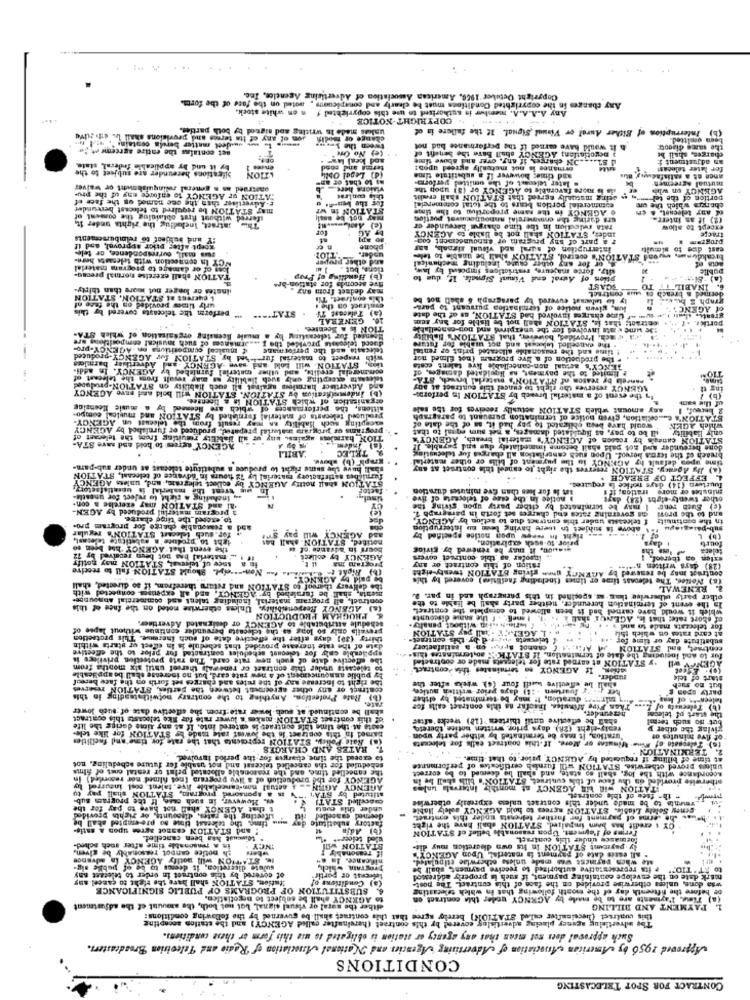
.. .
Copyright Octuber 1966, American Association of Advertising Agencies, Inc.
Any changes in the copyrighted Conditions must be clearly and conspicuous , noted on the fate of the forth.
Any A.A.A.A. member is authorised to use this copyrighted / n on white stock.
. COPYRIGHT NOTICE
uskas made in writing and signed by both parties.
Interruption of Either Aural or Visual Signal. If the failure is of
son of any of Its teres and provisions shall La. ett zuve
change or modif
tween the boomes
omsitted.
(b)
set contalas the entire agreement, 2e
odation; AGENCY shall Bare the benefit of
h it would have earned if the performance bad not
the same diadot
(e) No One
and above tiene
ST .... ON charges, if any, over and ab
an adjustment +
charges, shall be
by it und by applicable federal, state.
bications hereunder are subject to the
terms and cond
ormance is not mutually agreed upon!
for later telecast
ATION
(4) Lepel Obli,
and time; however i! a substitute time
. later telemast of the omitted perform-
anon at a satisfacw
oautreed as a general relinquishount or waiver
ma to that of
visions here
ils is more favorable to AGENCY or (3) upop the
mutual Agreemen
AGENCY on whis
ATION or AGENCY to enforce eny of the pru-
r. Advertiser than the one named on the face of
this con Lead
sting matinfly agreed that STATION shall credit
portion of the tel
may STATION be required to telecast bereunder
STATION In WY
commercial portion bears to the total commercial
. AGENCY in the same proportiun to the time
of any telecast.
charges which the
Thw intract, including the 'rights under 1t.
sferred without first obtaining the consent of
mar not be manlı
sra during the enmmercial announocuivat portion
(2) if an interr.
(e) Ami .....
rata redlection in the time charge hereunder er
except to allow
SY and bulifeof to reimbursements
BT AG
Inder, STATION shall not be liable to AGENCY
r a part of any program of announcement com-
tracce
gorpt after prior approval, and if
russ mall, correspondence, or tele-
phone
interruption of sural and visual siroals, BAF
program .
east des to almull
NCY In connection with telenasta here-
and other prepar
upder.
esute, Including mechanical
or for any other caut
breakdumme, wwond STATION's control, STATION shall be unable to tele-
Jom of or damage to programs material
uity. force majeure, restrictions imposed by law,
publie
TATION chall exercise normal precau-
(b) Handling of Prop
ption of Aural end Vinil Signals. If, due to
(a) SI-
sinstes or longer nut more than thirty-
may deduct from any
five seconds for station-bre
TOAST
6. INABIL
& CHETEGE BE STATION. STATION
this contract. Thi
ly to welwusst cuvered by paragraph $ shall not be
sua contract
graph S bus
dermed a breach
urly tires provided on the face of
perform the telecasts covered by this
contract on the
lun, given notice of termination pursuant to para-
of AGENCY
STAT" ...
Telecast TV
GENERA
(a)
Ume charges involved bad STATION, as of the date
detract; that is, STATION shall not be liable for any atm
TION is & Scentee
:Je wme k ate involved for the wnexpired and non-cancellable
portk
arniances of such musica! enmpositions ure
Hoeneed for telecastingg by a muale licensing organisation of which STA-
however, that STATION'S HablaLy
da wach. Provided, bowen
( musical compositions on AGENCY-pro-
d the F
duced teleonste provi
telecasts and the personmane
the cancelled telecast and not wiable for future
! time and the reasonable allocated print or rental
ihed by STATION fur AGENCY-produced
with respect to material fur
. the production of a. Sve program (not filmed mor
cons.mercial credits, and other materiel furnished by AGENCY. In addi-
Los, STATION. will bold and save AGENCY -and Adverthier barmlos
GENCY's actual non-cancellable live talent costa
P limited to the payment, na liquidated damages, of
levanta excepting only such liability as may result from the telecast of
cancela by reason of STATION's material brysch, STA-
ind Advertiser harmless against all such hability on STATION-produced
(b) Indemnificativa by STATION. STATION will bold and save AGENCY
AGENCY reserves the right to cancel this contract at any
ing th
organization of which STATION is & linenset.
In the event of a material breach by STATION In perforer-
(b) 1
sitlens, the performances of which are licensed by a music Heensine
any amount which STATION actually receives for the sale
of the sam
accepting sech Hability in may result from the telecast on AGENCY-
produced telecasts of material furnished by STATION and musical compo-
STATION's c .. . collation, given notice of termination pursuant to paragraph
. programs or program watorial prepared, produced or furnished by AGENCY
would have been obligated to pay had it, as of the date of
ill be to pay, as liquidated damages, a net sum equal to that
which AOEN
TION harmkes against any of all liability resulting from the telecast of
STATION caneg's by reason of ACENCY's material breach, AGENCY'Y
only liability
AGENCY agrees to hold and save STA-
done bereunder and not paid shall betome Immediately dus and payable. J!
"ABILI
LEC
time upes default hy AGENCY in the payment of bills or other material
breach of the termis bergof. Upon such cancrilation all charges fue telecugting
shall have the sume right to produce a substitute tolotass as under sub-para-
(a) By Agedry. STATION reserves the right to espeel this contract At Any
furnikbes satisfactory material Ly 72 hours in advance of telecast, STATION
EFFECT OF PREACH
wig treat the material in unsatisfactory
STATION shall notify AGENCY by collect telegram, and, unless AGENCY
factor
aat is for lies than five minutes duration
requires.
minutes or more tration;
Tuurtern (14) days notice ia
4 Inchading a right to reject for unostie-
noties in the case of telecusta of five
other twenty-eight (28) days
may ezerelse & con
af and STATIO
a program materiul produced by AGEN-
(e) Such rent I may be terminated by either party upon giving the
to exceed_the tirge charte
I teleressta under this contract due to action by AGENCY
os governing rates end charges set forth in paragraph 1.
and to the provi
in the continuity
a reasonable chette for program pro-
and
t=\ above is subject to quere having been nu interruption
sub-palagiapu
ight to produce's substitute telecast,
for.auch telecast STATION's regular
notified, STATION. shall has
and AGENCY will pay
prior to-auch expiration.
zight In renew upon notice specified by
(b) L
the event that AGENCY EM been so
Bours in advance of u
wwwon, it may be renewed by. giving
fourte
teleta
snee of tele at, STATION may notify
material bes not been received by 7
AGENCY ty collect
Inaofer 'as this contract covers
fau Non -- sefyl, Should STATION. fail to receive
Program ma
ration of this contract or any
contract inay be renewed by AGENCY gnen giving STATION twenty-eight
(8) Notles. The telepass time or times (including facilities) covered by this
the delivery th
mehta, shall be faralehed by" AGENCY, and all expenses connected with
the dell'very thargot to STATION and return therefrom, if so directed, shall
RENEWAL
mehta, shall
contract, all program material, including talent and commercial Aboutice.
contract, all
la the event of termination hereunder. neither party shall be liable to the
other party ullerwise than-sc. specified in this paragraph and in par. D.
AGENCY
(A) AGENCY Responsibility. Unless otherwise noted on the face of this
which it would bave carnel bad it been allowed to edesplete the contract.
PROGRAM PRODUCTION
PROGRAM
schedule attributable to AGENCY or designated Advertiser.
I onel: + f the sanie discounts
of short rate; that is, AGEnur shall
prevails only so long as the telecasta berwunder continue without lapse of
for telecasts made to and y .
thirty (30) days after the effective date of soch Increne. This protection
telecasts w-r.d by-this contract
» . 1 AGENCY -hall pey STATION
substitute day or time for
at card rates on which this
date of the rate increase provided that schedule is in effect or starts within
applicable only for telecast schedules contrasted for prior to the effective
Afin. " cannot aprus on a satisfactory
centrset, end STATION
the effective date of much new rate card. The rate protection privilees is
.y STATION at earned rate for telecasts made or contracted
for to and logiuding the date of termination. 12 STATK': ao terminates this.
to Felecasta under this contrast or renewal thersof until six months from
ation. If AGENCY so terminates this contract
the right to increase any of the rutes and charges set forth on the faew bereof
ly public announcement of a new rate card, but no iseresse shall be applicable
runder.
start of tele
contract or any other agreement between the parties, STATION reserves
shall be effective woedil four (4) weeks after the
her ( j'y fourteen . : 1) days prior written autice,
but no meb
(b) Rate Protection. Anything to the contrary notwithstanding in this
Any malrunes duration, It may be terminated by either
teleen-ts of hus
rate.
shall be continued at such lower rate from the effective date of such lower
Than Five Minutes, Insofar as this contract calls for
(b) Telecwsty of L
of this contract STATION makes's luwer rate for Ike telecasts this contract
shall be effective until thirteen (18) wecks after
hereunder.
but no such term!
the start of telecar
caste at the time this contract is entered into. If at any time during the life
realy-tight (28) days prior written notice thereto,
giving the other y
(a) Rate Policy, STATION represents that the rate for time'and facilities
Bamed In this contract is the lowest rate made by STATION for like tele-
"uration, it may be terminated by wither party upon
to). Teleceate of Wine Minutes or More. If.this contract calls for telecents
of five minutes of
RATES AND CHARGES
TERMINATION
to exceed the time charges for the period involved
at time of billing if requested by AGENCY prior to that time. ..
the cancelled time, and the reasonable allocated print or rental cost of Simris
scheduled for the cancelled telceast and not usable for future scheduling. not
Accordance with the log, shall so state, and shall be deemed to be correct
unless proved otherwise. STATION =Ill furnish certificates of performance
AGENCY for the production of a live program (not filmed mor recorded) in
proTI
otherwise provided on the face of this contract, STATION's bills shall be in
I & sponsored program, STATION shall pay ty
. 4 actual non cancellable live. talent, cool incurred
AGENCY AGEN.
ITATION will Win AGENCY at monthly intervals uales
w. Howwww. in such case, If the program sub
macelled STATI
stituted by STAT
. fsen of thie contract.
- the f
vmente to be made under this contract unless expressly otherwise
E that AGENCY shall not have to pay for the
under this evati
centy Solely Liable. STATION agrees to hold AGENCY solely liable
Lifeeting the rates, discounts, or richin provided
www timp the telessat tinse ao pre-empted skall be
factory #u
deerned cancelled
che terms of payment for further telnenats under this contract.
! and STATION casnot agree upon & satie-
substitute
(6) Adja
CY : credit has bem impaired, STATION shall have the right
time has been cancelled.
sied teleer ** *
formance under this contract.
Terms of l'eyment. Upon reasonable belief of STATION
is a ronsonable time after such ached-
ch notice cannot reasonably be given
if reasonably
STATION MI
ly . payment STATION in Its own diecretion muy die-
STATION will notity AGENCY in advance
nificance. Ia #"
all estes date of payment is maceri _ Upon AGENCY'S
ste when variese ves madde unless otherwise stipulated.
sulute discretion, it deemos to be of publie sig-
program which,
its representative suthurized to receive payment, shall be
of covered by this contract in order to telecast any
tation. STATION shall have the right to cancel any
lefecast of partir"
mark date on the envelope containleg payment, if much is properly addressed
6. SUBSTITUTION OF PROGRAMS OF PUBLIC SIGNIFICANCE
(a) Conditions of
of before the fifteenth day of the month following that in which telecasting
wia done, unless otherwise provided on the face of this contract. The post-
to AGENCY shall be subject to negotiation.
(a) Timwe. Payments are to be made by AGENCY under this contract on
diber the sural or visual signal, but not both, the amount of the adjustment
PAYMENT AND DILLING
advertising agency placing advertising covered by this contract (hereinafter calle AGENCY) and the station socapting
this contract (becsinsfter exled STATION) herely agree that this contract shall be governed by the following conditions:
Such approval does not mean that any agency ar station is obligated to use this form ar these conditions.
Approved 1956 by American efunciation of Advertising Agencies and National Association of Radio and Television Broadcasters.
CONDITIONS
CONTRACT FOR SPOT TELECASTING